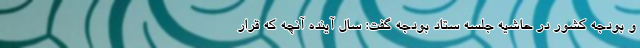
و بودجه کشور در حاشیه جلسه ستاد بودجه گفت: سال آینده آنچه که قرار